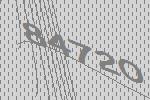
84720